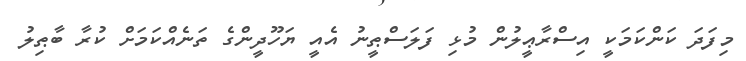
މިފަދަ ކަންކަމަކީ އިސްރާޢީލުން މުޅި ފަލަސްޠީނު އެއީ ޔަހޫދީންގެ ތަނެއްކަމަށް ކުރާ ބާޠިލު